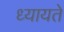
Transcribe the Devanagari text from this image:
ध्यायते